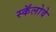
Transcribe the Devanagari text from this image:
स्कॅलोवे